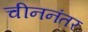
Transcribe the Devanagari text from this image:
चीननंतर